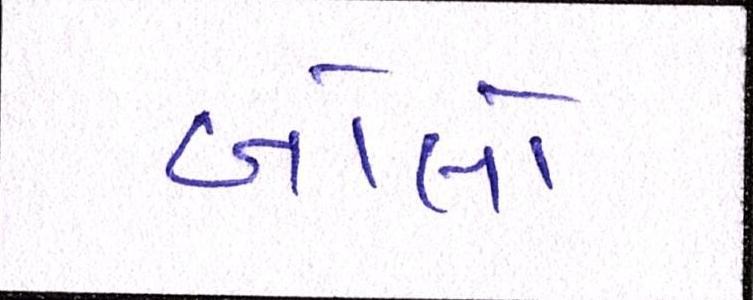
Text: બોલો